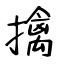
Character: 擒